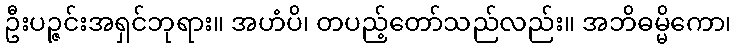
ဦးပဉ္ဇင်းအရှင်ဘုရား။ အဟံပိ၊ တပည့်တော်သည်လည်း။ အဘိဓမ္မိကော၊